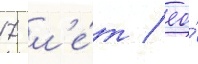
17 л'е́т / ео́